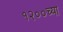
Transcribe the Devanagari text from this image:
१२००च्या